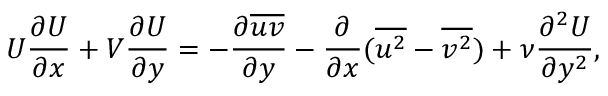
U \frac { \partial U } { \partial x } + V \frac { \partial U } { \partial y } = - \frac { \partial { \overline { { u v } } } } { \partial { y } } - \frac { \partial } { \partial x } ( \overline { { u ^ { 2 } } } - \overline { { v ^ { 2 } } } ) + \nu \frac { \partial ^ { 2 } U } { \partial y ^ { 2 } } ,